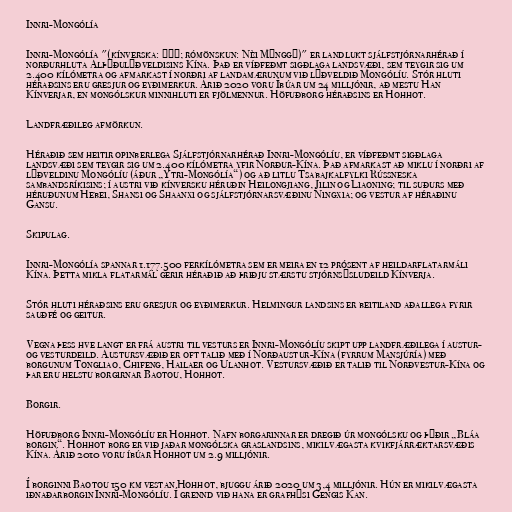
Innri-Mongólía

Innri-Mongólía "(kínverska: 内蒙古; rómönskun: Nèi Měnggǔ)" er landlukt sjálfstjórnarhérað í
norðurhluta Alþýðulýðveldisins Kína. Það er víðfeðmt sigðlaga landsvæði, sem teygir sig um
2.400 kílómetra og afmarkast í norðri af landamærunum við lýðveldið Mongólíu. Stór hluti
héraðsins eru gresjur og eyðimerkur. Árið 2020 voru Íbúar um 24 milljónir, að mestu Han
Kínverjar, en mongólskur minnihluti er fjölmennur. Höfuðborg héraðsins er Hohhot.

Landfræðileg afmörkun.

Héraðið sem heitir opinberlega Sjálfstjórnarhérað Innri-Mongólíu, er víðfeðmt sigðlaga
landsvæði sem teygir sig um 2.400 kílómetra yfir Norður-Kína. Það afmarkast að miklu í norðri af
lýðveldinu Mongólíu (áður „Ytri-Mongólía“) og að litlu Tsabajkalfylki Rússneska
sambandsríkisins; í austri við kínversku héruðin Heilongjiang, Jilin og Liaoning; til suðurs með
héruðunum Hebei, Shansi og Shaanxi og sjálfstjórnarsvæðinu Ningxia; og vestur af héraðinu
Gansu.

Skipulag.

Innri-Mongólía spannar 1.177.500 ferkílómetra sem er meira en 12 prósent af heildarflatarmáli
Kína. Þetta mikla flatarmál gerir héraðið að þriðju stærstu stjórnsýsludeild Kínverja.

Stór hluti héraðsins eru gresjur og eyðimerkur. Helmingur landsins er beitiland aðallega fyrir
sauðfé og geitur.

Vegna þess hve langt er frá austri til vesturs er Innri-Mongólíu skipt upp landfræðilega í austur-
og vesturdeild. Austursvæðið er oft talið með í Norðaustur-Kína (fyrrum Mansjúría) með
borgunum Tongliao, Chifeng, Hailaer og Ulanhot. Vestursvæðið er talið til Norðvestur-Kína og
þar eru helstu borgirnar Baotou, Hohhot.

Borgir.

Höfuðborg Innri-Mongólíu er Hohhot. Nafn borgarinnar er dregið úr mongólsku og þýðir „Bláa
borgin“. Hohhot borg er við jaðar mongólska graslandsins, mikilvægasta kvikfjárræktarsvæðis
Kína. Árið 2010 voru íbúar Hohhot um 2.9 milljónir.

Í borginni Baotou 150 km vestan Hohhot, bjuggu árið 2020 um 3,4 milljónir. Hún er mikilvægasta
iðnaðarborgin Innri-Mongólíu. Í grennd við hana er grafhýsi Gengis Kan.